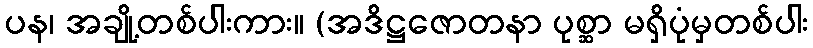
ပန၊ အချို့တစ်ပါးကား။ (အဒိဋ္ဌဇောတနာ ပုစ္ဆာ မရှိပုံမှတစ်ပါး